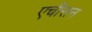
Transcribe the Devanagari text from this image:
एचीसन